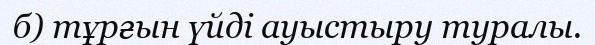
б) тұрғын үйді ауыстыру туралы.